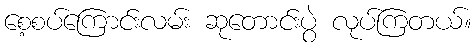
စေ့စပ်ကြောင်းလမ်း ဆုတောင်းပွဲ လုပ်ကြတယ်။